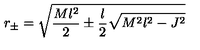
r _ { \pm } = \sqrt { \frac { M l ^ { 2 } } { 2 } \pm \frac { l } { 2 } \sqrt { M ^ { 2 } l ^ { 2 } - J ^ { 2 } } }